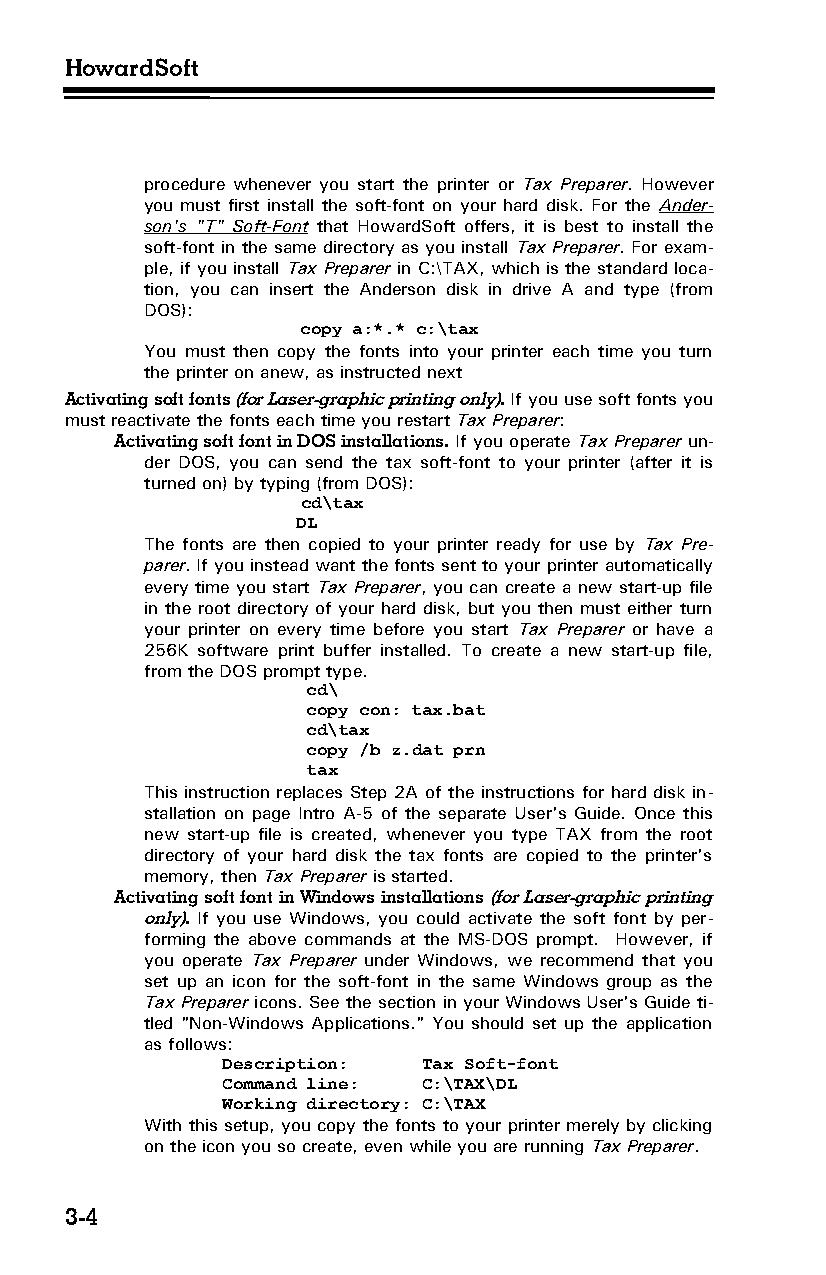
HowardSoft
 procedure whenever you start the printer or Tax Preparer. However
 you must first install the soft-font on your hard disk. For the Ander­
 son's "T" Soft-Font that HowardSoft offers, it is best to install the
 soft-font in the same directory as you install Tax Preparer. For exam­
 ple, if you install Tax Preparer in C:\TAX, which is the standard loca­
 tion, you can insert the Anderson disk in drive A and type (from
 DOS):
 copy a:*.* c:\tax
 You must then copy the fonts into your printer each time you turn
 the printer on anew, as instructed next
 Activating soft fonts (for Laser-graphic printing only). If you use soft fonts you
 must reactivate the fonts each time you restart Tax Preparer:
 Activating soft font in DOS installations. If you operate Tax Preparer un­
 der DOS, you can send the tax soft-font to your printer (after it is
 turned on) by typing (from DOS):
 cd\tax
 DL
 The fonts are then copied to your printer ready for use by Tax Pre­
 parer. If you instead want the fonts sent to your printer automatically
 every time you start Tax Preparer, you can create a new start-up file
 in the root directory of your hard disk, but you then must either turn
 your printer on every time before you start Tax Preparer or have a
 256K software print buffer installed. To create a new start-up file,
 from the DOS prompt type.
 cd\
 copy con: tax.bat
 cd\tax
 copy /b z.dat prn
 tax
 This instruction replaces Step 2A of the instructions for hard disk in­
 stallation on page Intro A-5 of the separate User's Guide. Once this
 new start-up file is created, whenever you type TAX from the root
 directory of your hard disk the tax fonts are copied to the printer's
 memory, then Tax Preparer is started.
 Activating soft font in Windows installations (for Laser-graphic printing
 only). If you use Windows, you could activate the soft font by per­
 forming the above commands at the MS-DOS prompt. However, if
 you operate Tax Preparer under Windows, we recommend that you
 set up an icon for the soft-font in the same Windows group as the
 Tax Preparer icons. See the section in your Windows User's Guide ti­
 tled "Non-Windows Applications." You should set up the application
 as follows:
 Description: Tax Soft-font
 Command line: C:\TAX\DL
 Working directory: C:\TAX
 With this setup, you copy the fonts to your printer merely by clicking
 on the icon you so create, even while you are running Tax Preparer.
 3-4